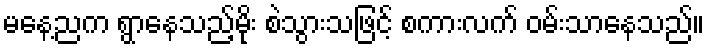
မနေ့ညက ရွာနေသည့်မိုး စဲသွားသဖြင့် စကားလက် ဝမ်းသာနေသည်။